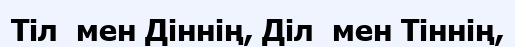
Тіл  мен Діннің, Діл  мен Тіннің,